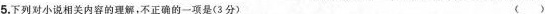
5.下列对小说相关内容的理解，不正确的一项是(3分)（）